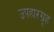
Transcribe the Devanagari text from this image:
उपहारग्रृह